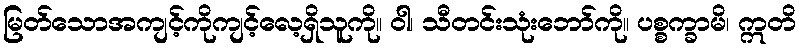
မြတ်သောအကျင့်ကိုကျင့်လေ့ရှိသူကို။ ဝါ၊ သီတင်းသုံးဘော်ကို။ ပစ္စက္ခာမိ၊ ဣတိ